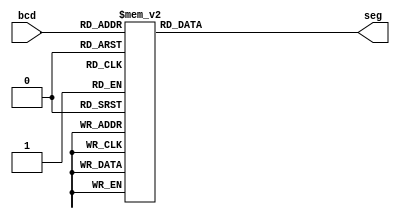
module bcd_7seg (bcd, seg);

	input [3:0] bcd;
	output reg [6:0] seg;
	
	always @ (bcd)
		case (bcd)
			0: seg = 7'b0000001;
			1: seg = 7'b1001111;
			2: seg = 7'b0010010;
			3: seg = 7'b0000110;
			4: seg = 7'b1001100;
			5: seg = 7'b0100100;
			6: seg = 7'b0100000;
			7: seg = 7'b0001111;
			8: seg = 7'b0000000;
			9: seg = 7'b0000100;
			default: seg = 7'b1111111;
		endcase
endmodule